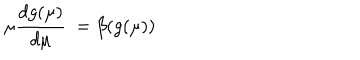
LaTeX: \mu \frac { d g ( \mu ) } { d \mu } \ = \beta ( g ( \mu ) )